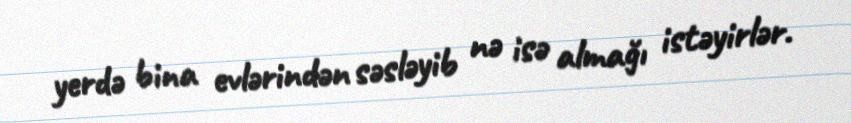
yerdə bina evlərindən səsləyib nə isə almağı istəyirlər.